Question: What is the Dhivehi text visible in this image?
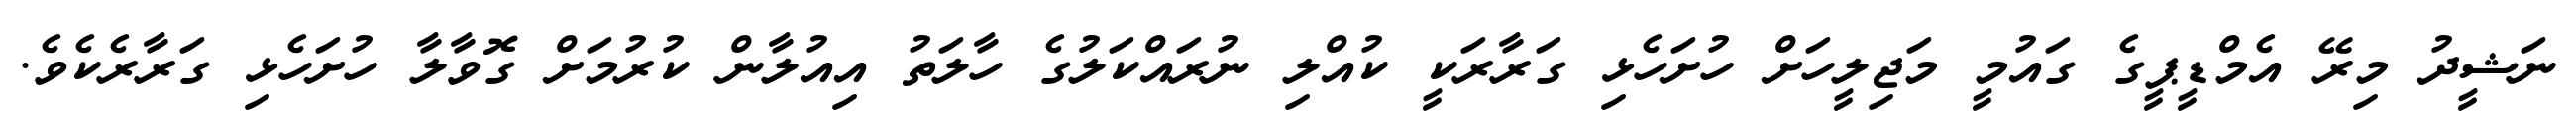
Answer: ނަޝީދު މިރޭ އެމްޑީޕީގެ ގައުމީ މަޖިލީހަށް ހުށަހެޅި ގަރާރަކީ ކުއްލި ނުރައްކަލުގެ ހާލަތު އިއުލާން ކުރުމަށް ގޮވާލާ ހުށަހެޅި ގަރާރެކެވެ.